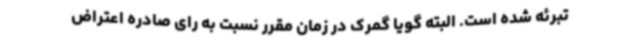
تبرئه شده است. البته گویا گمرک در زمان مقرر نسبت به رای صادره اعتراض